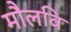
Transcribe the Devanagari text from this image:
मौलवि